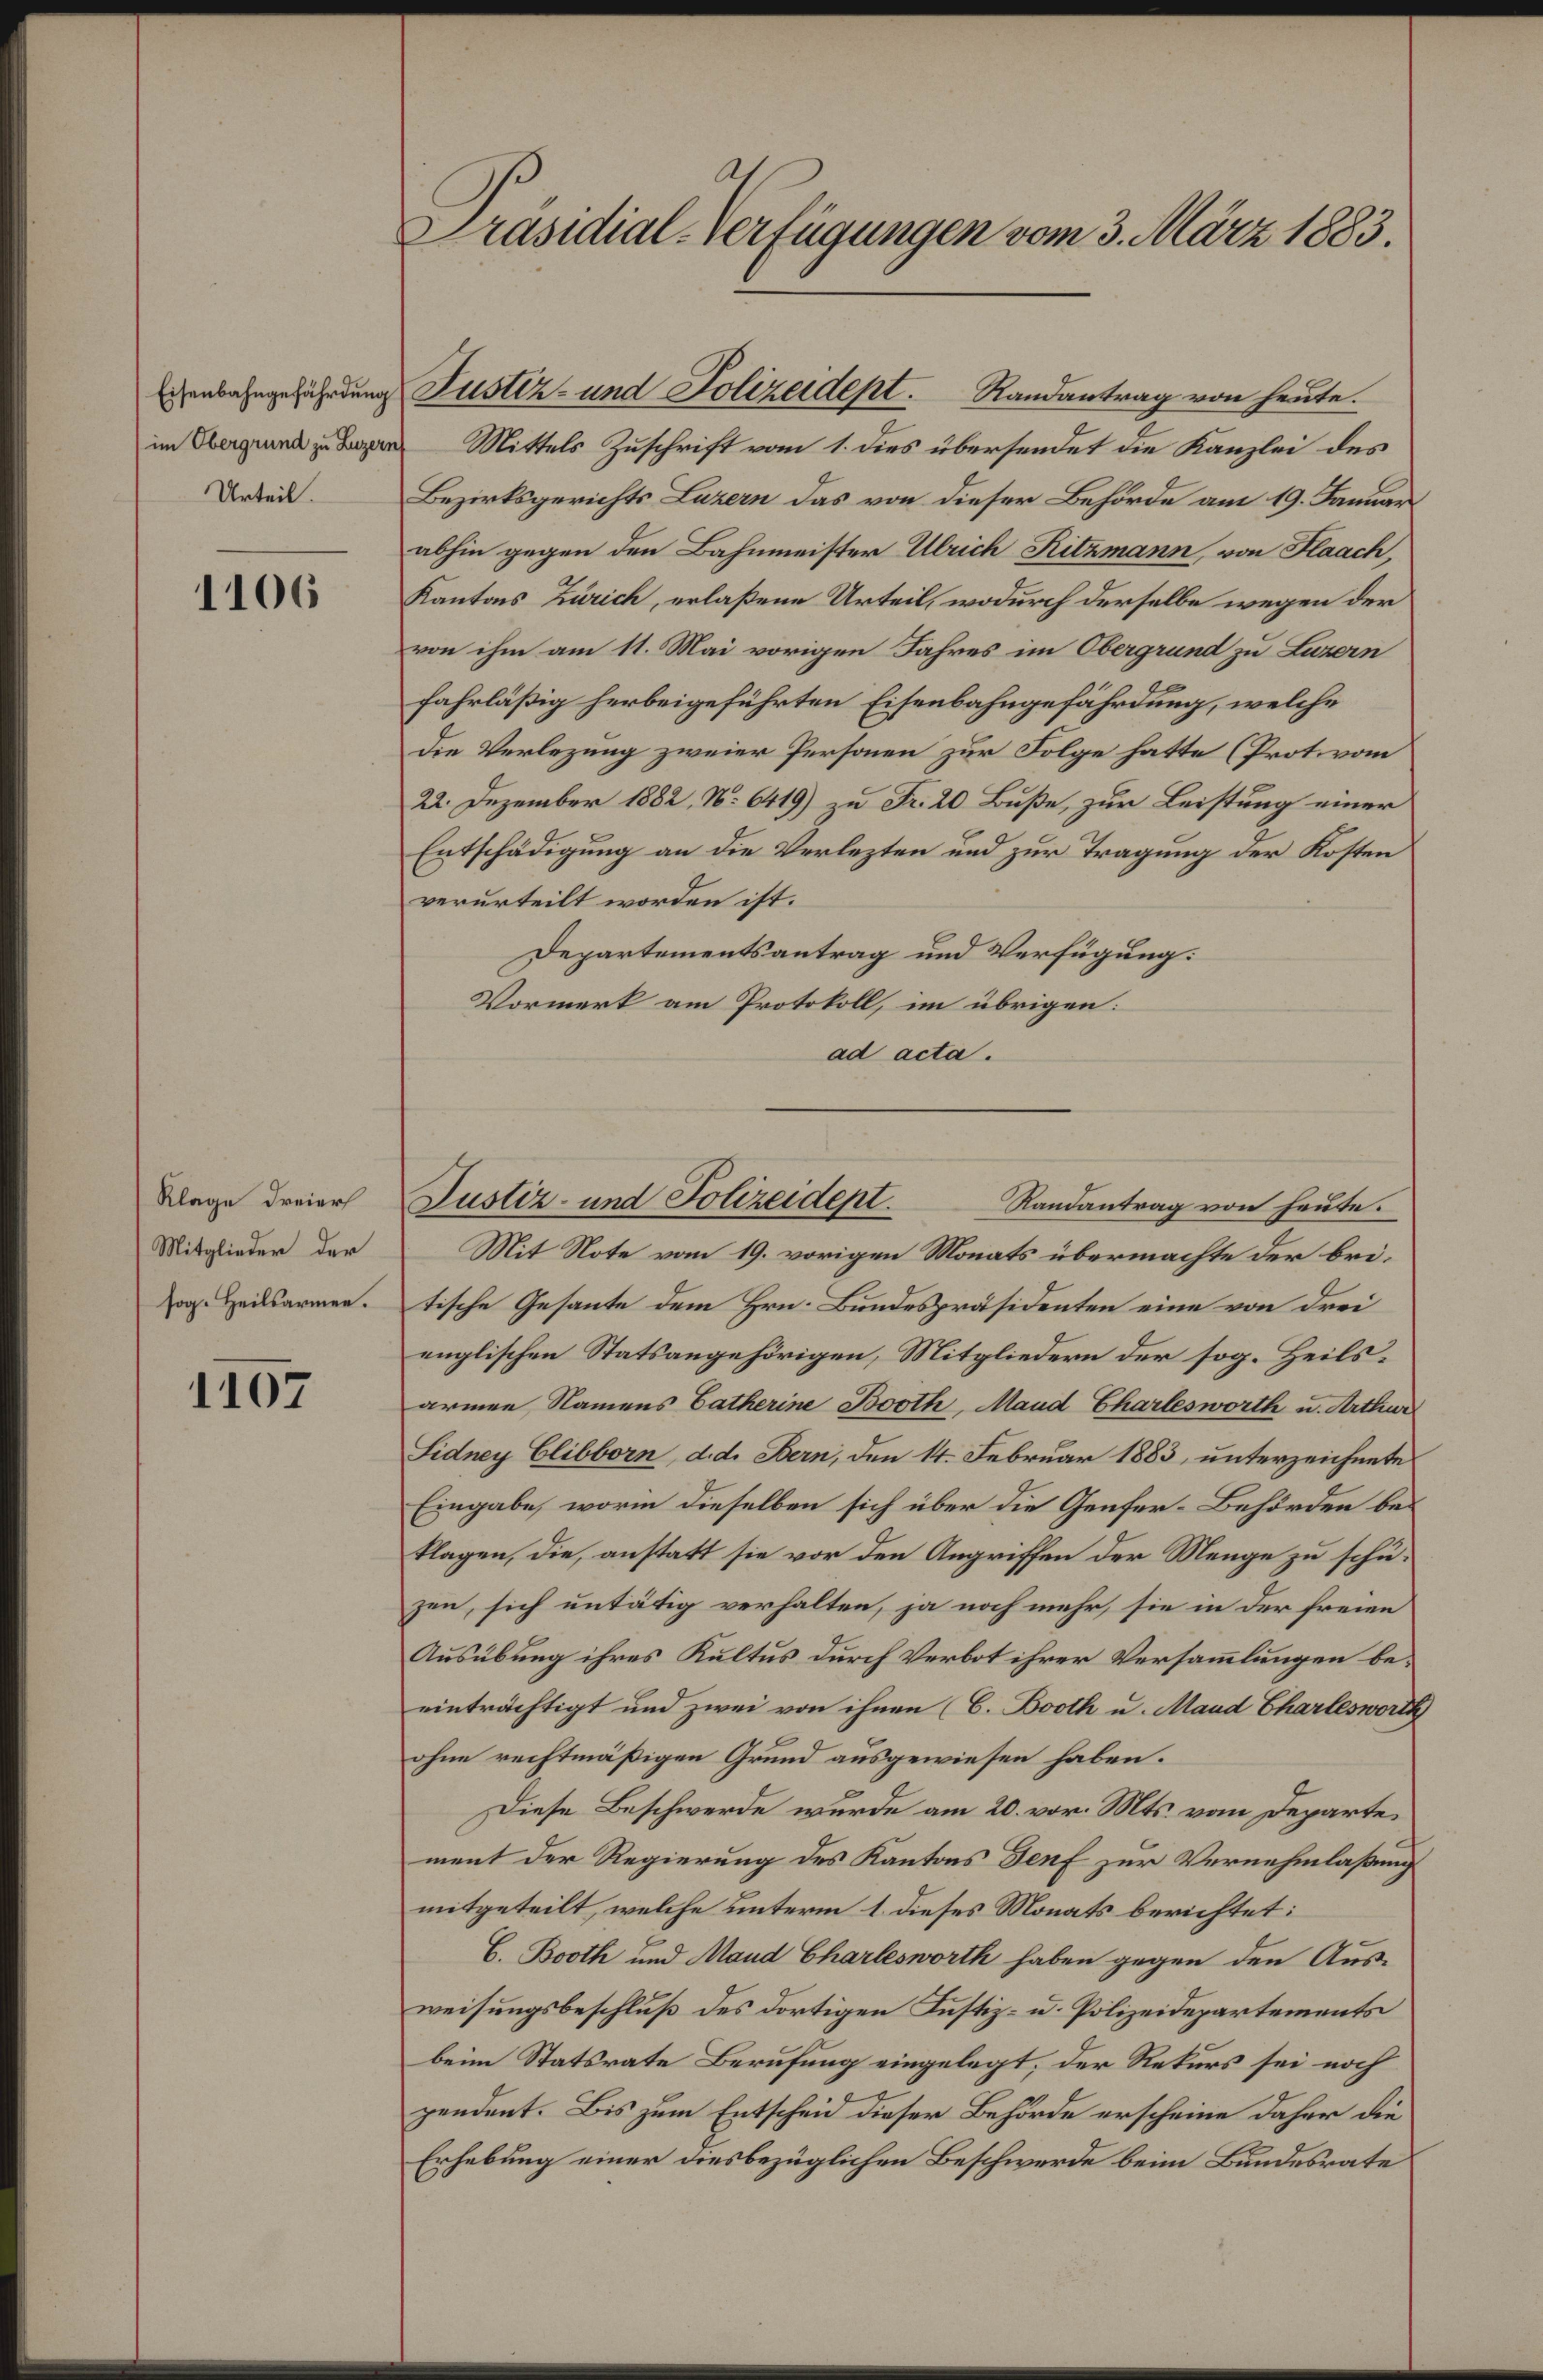
Eisenbahngefährdung
Urteil.

1106

Klage dreier
Mitglieder der
sog. Heilsarmen.

1107

Präsidial-Verfügungen vom 3. März 1883.

in Mittels Zuschrift vom 1. dies übersendet die Kanzlei des
Bezirksgerichts Luzern das von dieser Behörde am 19. Januar
abhin gegen den Bahnmeister Ulrich Ritzmann, von Flaach,
Kantons Zürich, erlaßene Urteil, wodurch derselbe wegen der
von ihm am 11. Mai vorigen Jahres im Obergrund zu Luzern
fahrläßig herbeigeführten Eisenbahngefährdung, welche
Die Verlegung zweier Personen zur Folge hatte (Prot. vom
22. Dezember 1882 N: 6419) zu Fr. 20. Buße, zur Leistung einer
Entschädigung an die Verlezten und zur Tragung der Kosten
verurteilt worden ist.
Departementsantrag und Verfügung:
Vormerk am Protokoll, im übrigen:
ad acta.
Randantrag von heute.
Mit Note vom 19. vorigen Monats übermachte der britische Gesante dem Hrn. Bundespräsidenten eine von drei
englischen Statsangehörigen, Mitgliedern der sog. Heilsarmen Namens Catherine Booth, Mand Charlesworth u. Arthur
Lidney Elibborn, d. d. Bern, den 14. Februar 1883, unterzeichnete
Eingabe, worin dieselben sich über die Genfer-Behörden beklagen, die, anstatt sie vor den Angriffen der Menge zu schuzen, sich untätig verhalten, ja noch mehr, sie in der freien
Ausübung ihres Kultus durch Verbot ihrer Versammlungen beeinträchtigt und zwei von ihnen (C. Booth u. Mand Charleswort
ohne rechtmäßigen Grund ausgewiesen haben.
Diese Beschwerde wurde am 20. vor. Mts. vom Departement der Regierung des Kantons Genf zur Vernehmlaßung
mitgeteilt, welche unterm 1. dieses Monats berichtet:
C. Booth und Mand Charlesworth haben gegen den Aus-
weisungsbeschluß des dortigen Justiz- u. Polizeidepartements
beim Statsrate Berufung eingelegt, der Rekurs sei noch
pendent. Bis zum Entscheid dieser Behörde erscheine daher die
Erhebung einer diesbezüglichen Beschwerde beim Bundesrate

Justiz- und Polizeidept. Randantrag von heute.

Justiz- und Polizeidept.